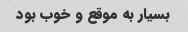
بسیار به موقع و خوب بود